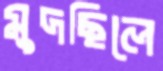
মুদছিলে